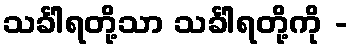
သင်္ခါရတို့သာ သင်္ခါရတို့ကို -